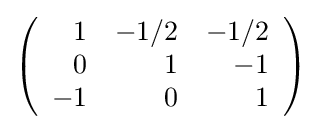
{\textstyle \left({\begin{array}{rrr}1&-1/2&-1/2\\0&1&-1\\-1&0&1\\\end{array}}\right)}